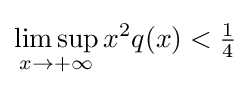
\limsup _{x\to +\infty }x^{2}q(x)<{\tfrac {1}{4}}